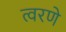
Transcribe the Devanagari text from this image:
त्वरणे